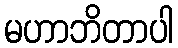
မဟာဘိတာပါ